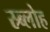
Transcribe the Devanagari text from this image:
स्र्ब्लोह